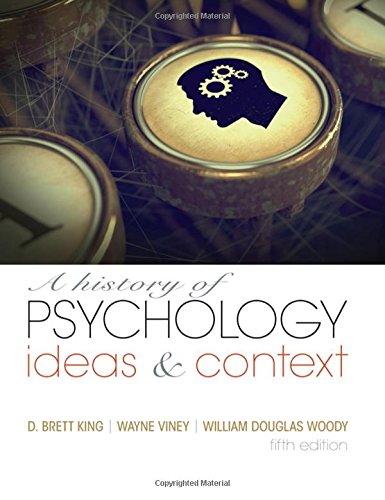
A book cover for History of Psychology: Ideas and Context; D. Brett King; Medical Books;